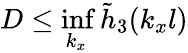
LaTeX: D\leq\operatorname*{inf}_{k_{x}}\tilde{h}_{3}(k_{x}l)